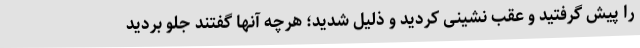
را پیش گرفتید و عقب نشینی کردید و ذلیل شدید؛ هرچه آنها گفتند جلو بردید